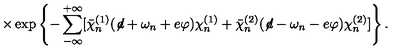
\times \exp \left\{ - \sum _ { - \infty } ^ { + \infty } [ { \bar { \chi } } _ { n } ^ { ( 1 ) } ( \not \! d + \omega _ { n } + e \varphi ) \chi _ { n } ^ { ( 1 ) } + { \bar { \chi } } _ { n } ^ { ( 2 ) } ( \not \! d - \omega _ { n } - e \varphi ) \chi _ { n } ^ { ( 2 ) } ] \right\} .